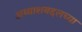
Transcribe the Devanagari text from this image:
अय्याशबद्दलच्या